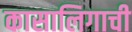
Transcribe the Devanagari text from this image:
कासालिगाची